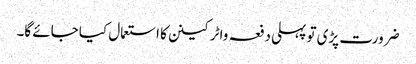
ضرورت پڑی تو پہلی دفعہ واٹرکینن کا استعمال کیا جائے گا۔